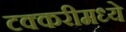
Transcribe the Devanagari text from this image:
टक्करीमध्ये